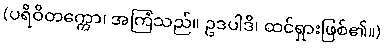
(ပရိဝိတက္ကော၊ အကြံသည်။ ဥဒပါဒိ၊ ထင်ရှားဖြစ်၏။)